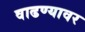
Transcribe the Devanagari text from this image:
वाढण्यावर